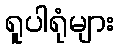
ရူပါရုံများ